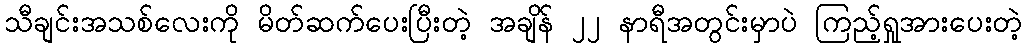
သီချင်းအသစ်လေးကို မိတ်ဆက်ပေးပြီးတဲ့ အချိန် ၂၂ နာရီအတွင်းမှာပဲ ကြည့်ရှုအားပေးတဲ့